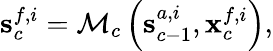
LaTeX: {\mathbf{s}}_{c}^{f,i}={\cal{M}}_{c}\left({\mathbf s}_{c-1}^{a,i},{\mathbf x}_{c}^{f,i}\right),